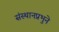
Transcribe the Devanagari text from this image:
संस्थानप्रभुने